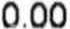
0.00